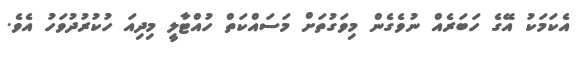
އެކަމަކު އޭގެ ހަބަރެއް ނުވެގެން މިވަގުތަށް މަސައްކަތް ހުއްޓާލީ މިދިއަ ހުކުރުދުވަހު އެވެ.